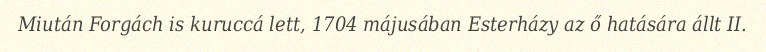
Miután Forgách is kuruccá lett, 1704 májusában Esterházy az ő hatására állt II.